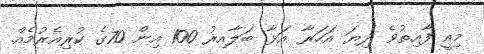
މިއީ ފާއިތުވެ ދިޔަ އަހަރާ އަޅާ ބަލާއިރު 100 އިން 70ގެ ކުރިއެރުމެއް.